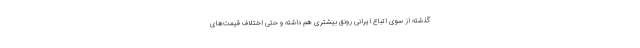
گذشته از سوی اتباع ایرانی رونق بیشتری هم داشته و حتی اختلاف قیمت‌های